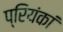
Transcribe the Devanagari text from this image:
प्रियंकां